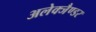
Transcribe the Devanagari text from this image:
अलेक्जैण्डर